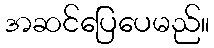
အဆင်ပြေပေမည်။